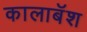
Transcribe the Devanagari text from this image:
कालाबॅश